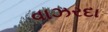
વાઝરદા